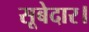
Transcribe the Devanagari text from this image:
सूबेदार।